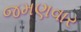
જમણવાર